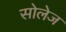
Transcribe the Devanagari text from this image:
सोलेज